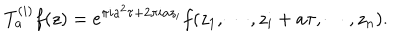
LaTeX: T _ { a } ^ { ( i ) } f ( z ) = e ^ { \pi i a ^ { 2 } \tau + 2 \pi i a z _ { i } } f ( z _ { 1 } , \cdots , z _ { i } + a \tau , \cdots , z _ { n } ) .